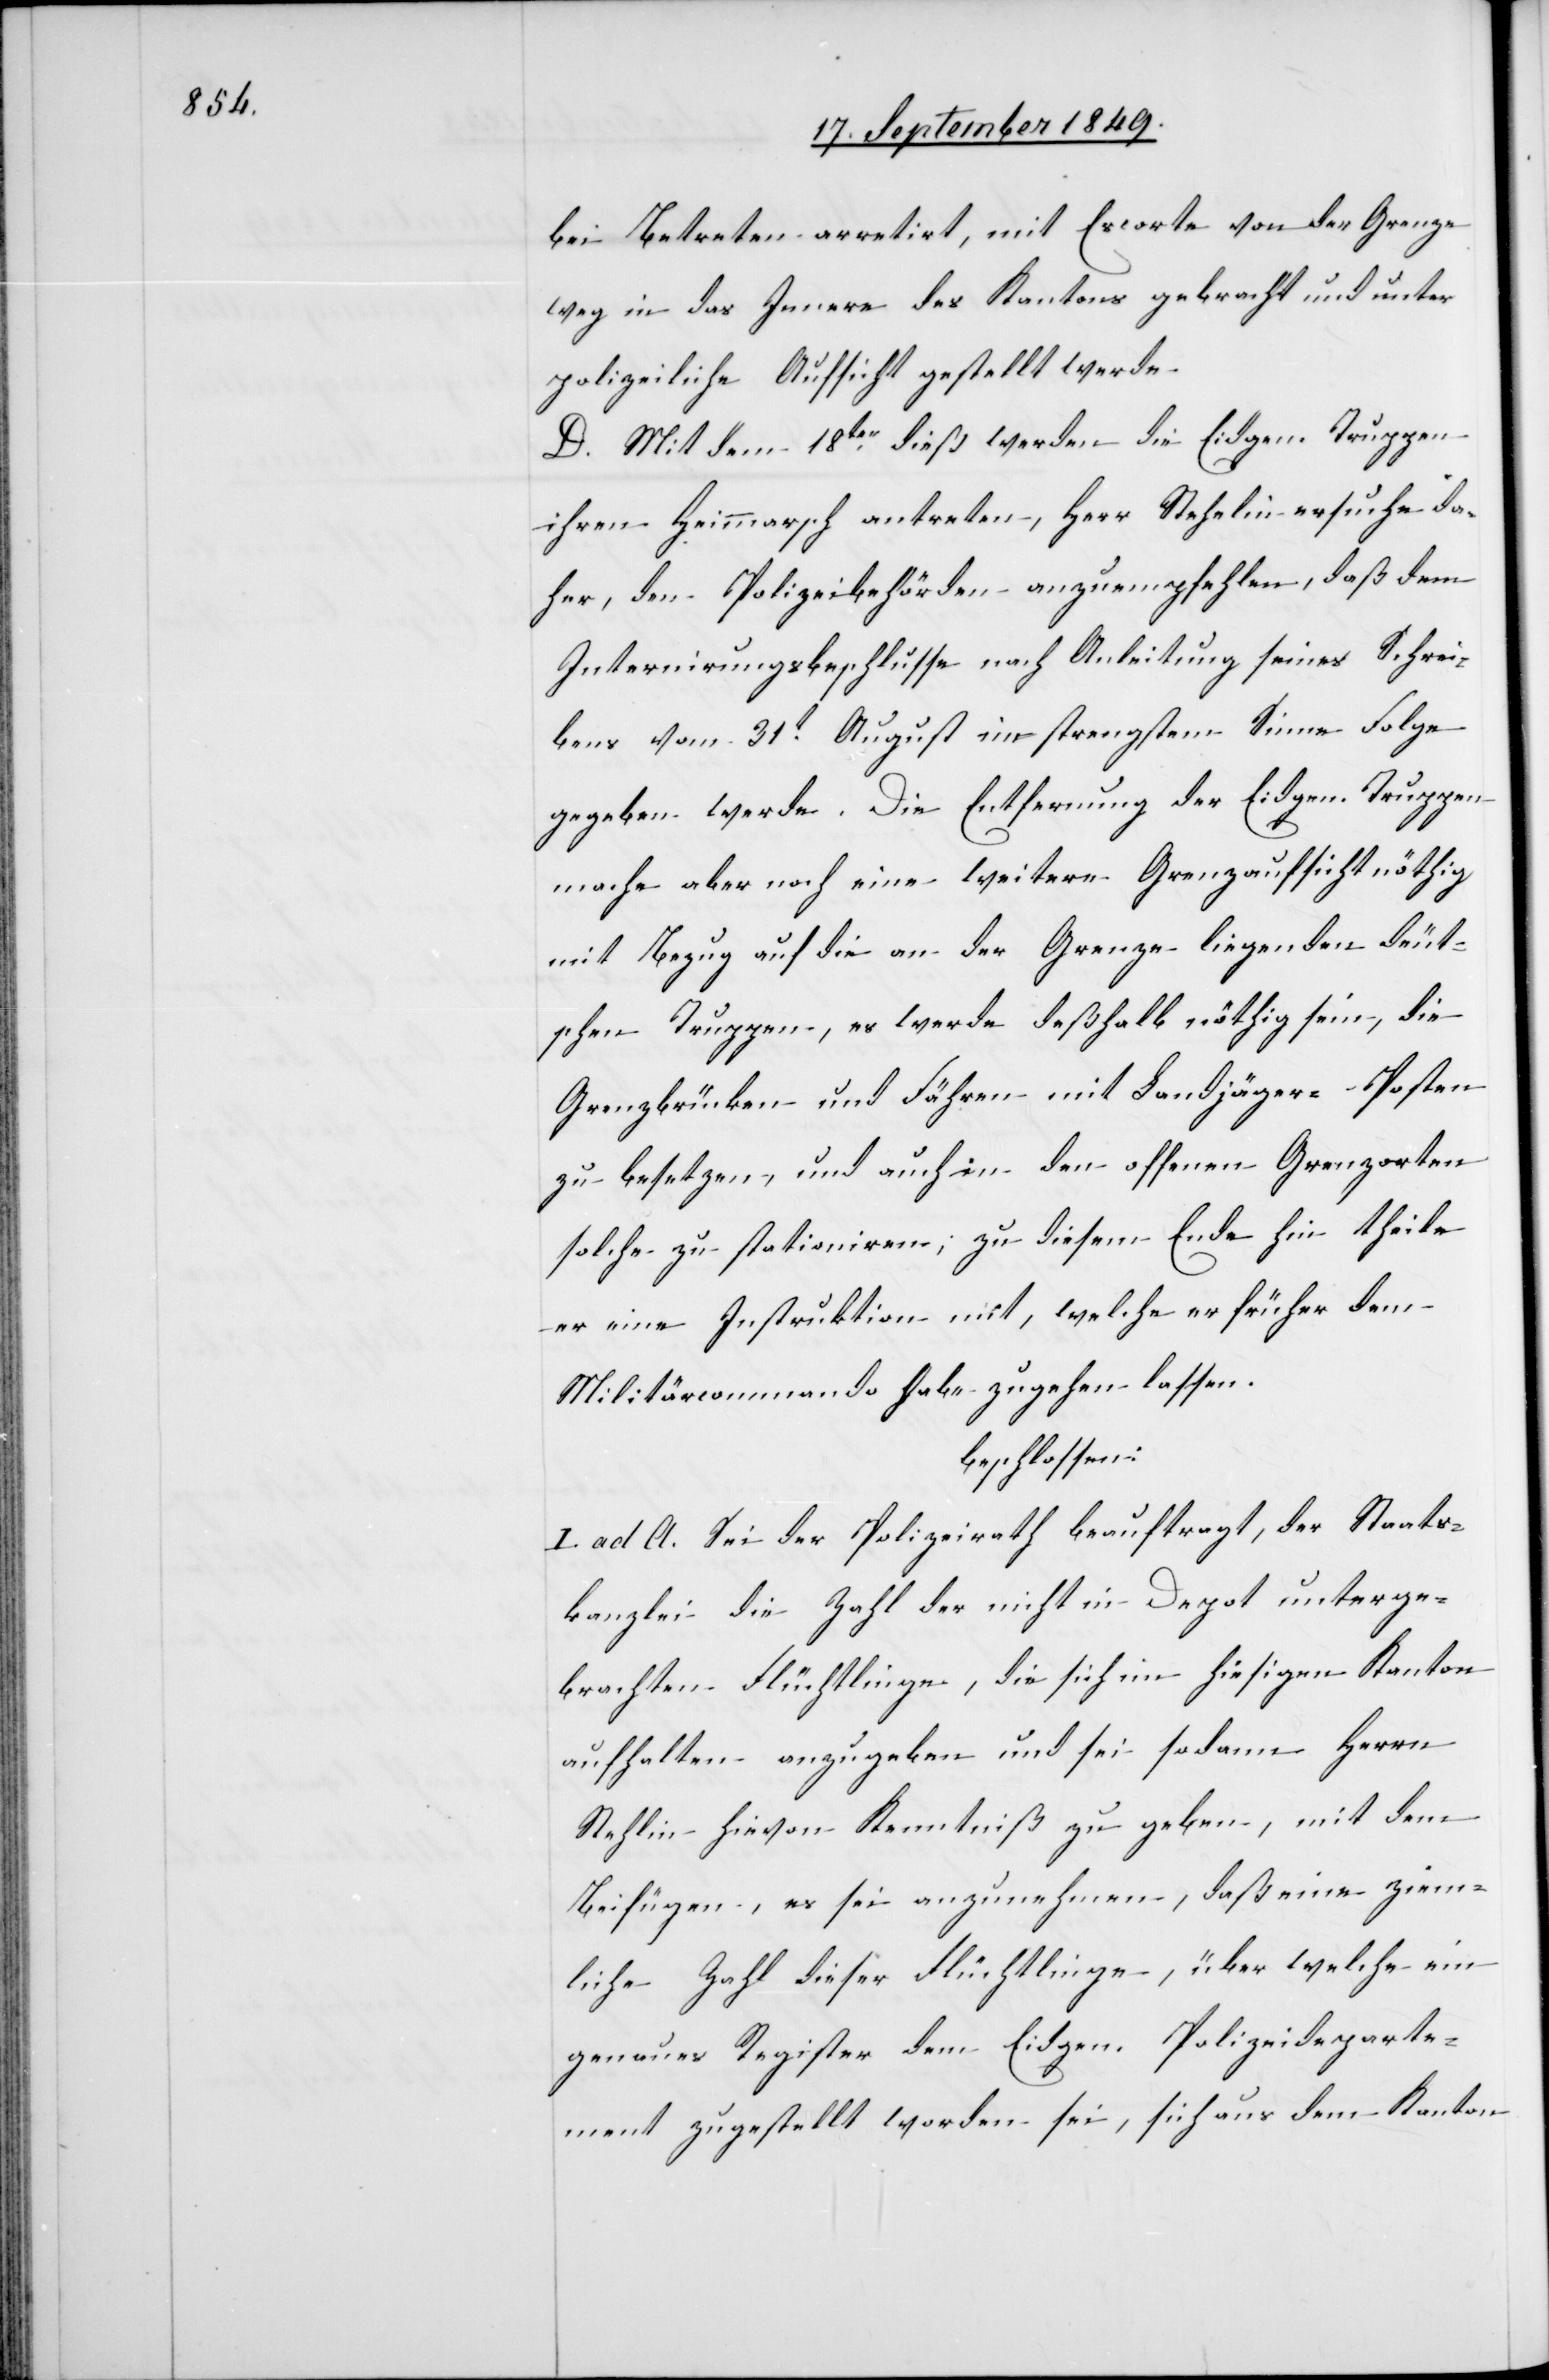
bei Betreten arretirt, mit Escorte von der Grenze
weg in das Innere des Kantons gebracht und unter
polizeiliche Aufsicht gestellt werde.
D. Mit dem 18ten dieß werden die Eidgen. Truppen
ihren Heimmarsch antreten, Herr Stehelin ersuche da¬
her, den Polizeibehörden anzuempfehlen, daß dem
Internirungsbeschlusse nach Anleitung seines Schrei¬
bens vom 31t August im strengsten Sinne Folge
gegeben werde. Die Entfernung der Eidgen. Truppen
mache aber noch eine weitere Grenzaufsicht nöthig
mit Bezug auf die an der Grenze liegenden deut¬
schen Truppen, es werde deßhalb nöthig sein, die
Grenzbrücken und Fähren mit Landjäger Posten
zu besetzen, und auch in den offenen Grenzorten
solche zu stationiren; zu diesem Ende hin theile
er eine Instruktion mit, welche er früher dem
Militärcommando habe zugehen lassen.
beschlossen:
I. ad A. Sei der Polizeirath beauftragt, der Staats¬
kanzlei die Zahl der nicht im Depot unterge¬
brachten Flüchtlinge, die sich im hiesigen Kanton
aufhalten anzugeben und sei sodann Herrn
[sic!] hievon Kenntniß zu geben, mit dem
Beifügen, es sei anzunehmen, daß eine ziem¬
liche Zahl dieser Flüchtlinge, über welche ein
genaues Register dem Eidgen. Polizeideparte¬
ment zugestellt worden sei, sich aus dem Kanton